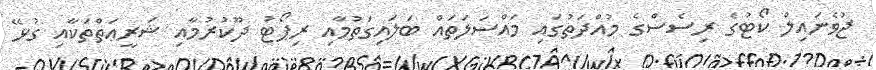
ޖުވެނައިލް ކޯޓުގެ ރިސެސްގެ މުއްދަތުގައި މައްސަލަތައް ބަލައިގަތުމާއި ރިޕޯޓު ދޫކުރުމާއި ޝަރީޢަތްތަކާއި ގުޅޭ